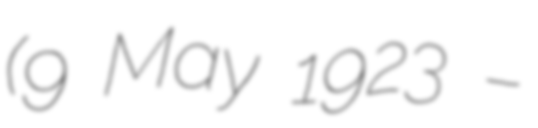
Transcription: (9 May 1923 –